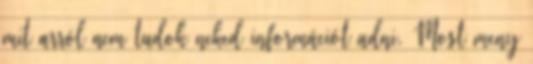
mit arról nem tudok neked információt adni. Most meny